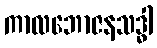
ကာလဘောဇနသဒ္ဓါ